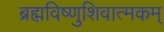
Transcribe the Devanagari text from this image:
ब्रह्मविष्णुशिवात्मकम्